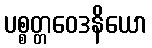
ပစ္စတ္တဝေဒနိယော